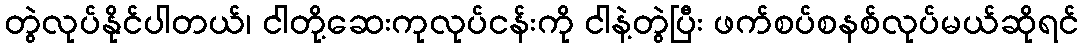
တွဲလုပ်နိုင်ပါတယ်၊ ငါတို့ဆေးကုလုပ်ငန်းကို ငါနဲ့တွဲပြီး ဖက်စပ်စနစ်လုပ်မယ်ဆိုရင်